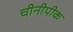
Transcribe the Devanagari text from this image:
चीनीपीक